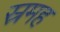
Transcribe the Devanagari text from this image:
स्रमह